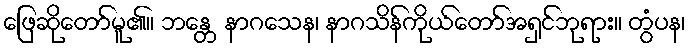
ဖြေဆိုတော်မူ၏။ ဘန္တေ နာဂသေန၊ နာဂသိန်ကိုယ်တော်အရှင်ဘုရား။ တွံပန၊